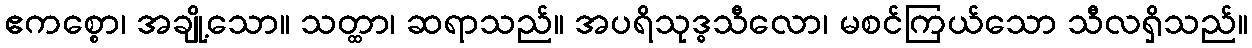
ဧကစ္စော၊ အချို့သော။ သတ္ထာ၊ ဆရာသည်။ အပရိသုဒ္ဓသီလော၊ မစင်ကြယ်သော သီလရှိသည်။